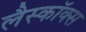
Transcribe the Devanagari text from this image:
लैस्कॉक्स